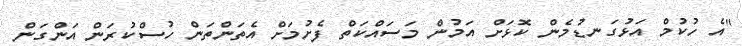
"އެ ހުކުމް އަޅުގަނޑުމެން ކޮޅަށް އަމުން މަސައްކަތް ފެށުމަށް އެތަންތަން ހުސްކުރަން އަންގަން